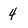
Character: 4